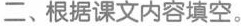
二、根据课文内容填空。